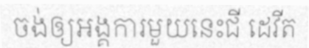
ចង់ឲ្យអង្គការមួយនេះជី ដេវីត